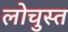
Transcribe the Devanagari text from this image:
लोचुस्त